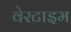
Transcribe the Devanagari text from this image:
वेरटाइम